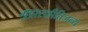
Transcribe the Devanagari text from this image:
मुद्रास्फीतिजन्य